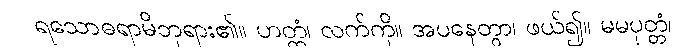
ရသောဓရာမိဘုရား၏။ ဟတ္ထံ၊ လက်ကို။ အပနေတွာ၊ ဖယ်၍။ မမပုတ္တံ၊